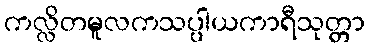
ကလ္လိတမူလကသပ္ပါယကာရီသုတ္တာ